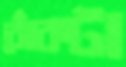
ঝোঁকটা